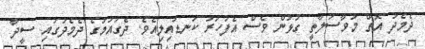
ދެމެދު އޮތް މުވާސަލާތީ ގުޅުން ވެސް އެފަހަރު ކަނޑައިލިއެވެ. ދެގައުމުގެ ދެމެދުގައި ސީދާ